Rangoon Lunatic Asylum 1878-1892 - 1878-1892
Year: 1878
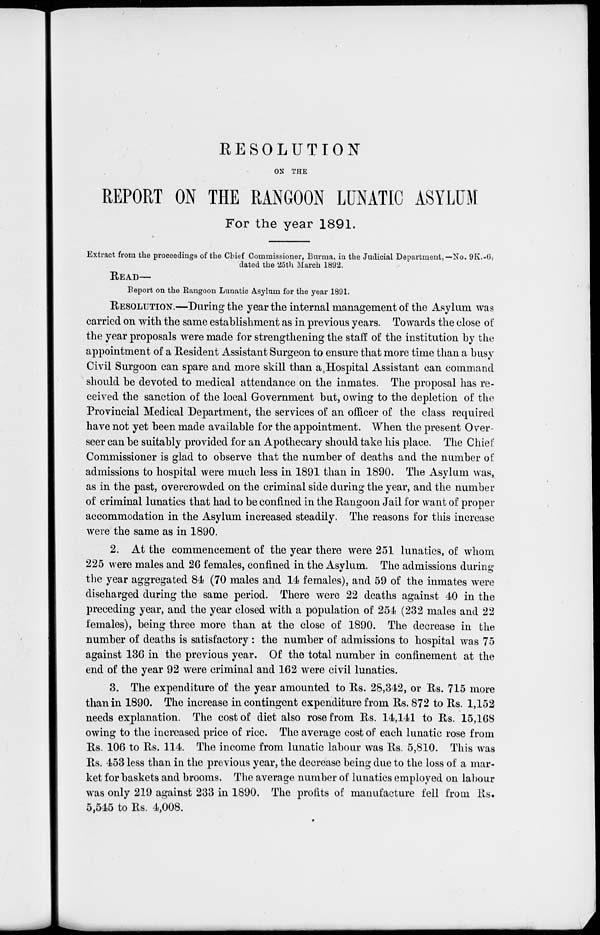
RESOLUTION
ON THE
REPORT ON THE RANGOON LUNATIC ASYLUM
For the year 1891.
Extract from the proceedings of the Chief Commissioner, Burma, in the Judicial Department,—No. 9K.-6,
dated the 25th March 1892.
READ—
Report on the Rangoon Lunatic Asylum for the year 1891.
RESOLUTION.—During the year the internal management of the Asylum was
carried on with the same establishment as in previous years. Towards the close of
the year proposals were made for strengthening the staff of the institution by the
appointment of a Resident Assistant Surgeon to ensure that more time than a busy
Civil Surgoon can spare and more skill than a Hospital Assistant can command
should be devoted to medical attendance on the inmates. The proposal has re-
ceived the sanction of the local Government but, owing to the depletion of the
Provincial Medical Department, the services of an officer of the class required
have not yet been made available for the appointment. When the present Over-
seer can be suitably provided for an Apothecary should take his place. The Chief
Commissioner is glad to observe that the number of deaths and the number of
admissions to hospital were much less in 1891 than in 1890. The Asylum was,
as in the past, overcrowded on the criminal side during the year, and the number
of criminal lunatics that had to be confined in the Rangoon Jail for want of proper
accommodation in the Asylum increased steadily. The reasons for this increase
were the same as in 1890.
2. At the commencement of the year there were 251 lunatics, of whom
225 were males and 26 females, confined in the Asylum. The admissions during
the year aggregated 84 (70 males and 14 females), and 59 of the inmates were
discharged during the same period. There were 22 deaths against 40 in the
preceding year, and the year closed with a population of 254 (232 males and 22
females), being three more than at the close of 1890. The decrease in the
number of deaths is satisfactory : the number of admissions to hospital was 75
against 136 in the previous year. Of the total number in confinement at the
end of the year 92 were criminal and 162 were civil lunatics.
3. The expenditure of the year amounted to Rs. 28,342, or Rs. 715 more
than in 1890. The increase in contingent expenditure from Rs. 872 to Rs. 1,152
needs explanation. The cost of diet also rose from Rs. 14,141 to Rs. 15,168
owing to the increased price of rice. The average cost of each lunatic rose from
Rs. 106 to Rs. 114. The income from lunatic labour was Rs. 5,810. This was
Rs. 453 less than in the previous year, the decrease being due to the loss of a mar-
ket for baskets and brooms. The average number of lunatics employed on labour
was only 219 against 233 in 1890. The profits of manufacture fell from Rs.
5,545 to Rs. 4,008.